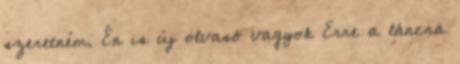
szeretném. Én is új olvasó vagyok Erre a láncra